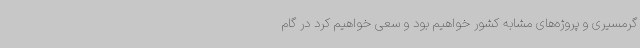
گرمسیری و پروژه‌های مشابه کشور خواهیم بود و سعی خواهیم کرد در گام